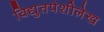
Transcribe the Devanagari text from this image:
विद्युतपेशीलेख